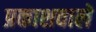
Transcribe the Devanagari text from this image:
प्रकाशवाले